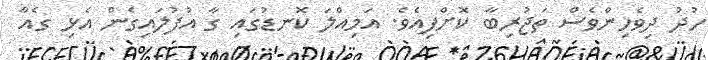
ހުދު ދިވެހިންވެސް ތަޖުރިބާ ކޮށްފިއެވެ. އަމިއްލަ ކޮނޑުގައި ގާ އުފުލައިގެން އެޅި ގެއާ